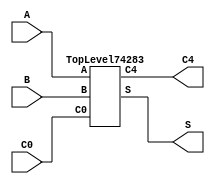
/****************************************************************************
 *                                                                          *
 *  VERILOG HIGH-LEVEL DESCRIPTION OF THE TI 74283 CIRCUIT                  *
 *                                                                          *
 *  Function: Four-bit Fast Adder                                           *
 *                                                                          *
 *  Written by: Mark C. Hansen                                              *
 *                                                                          *
 *                                                                          *
 ****************************************************************************/

module Circuit74283 (C0, A, B, S, C4);

  input[3:0]    A, B;
  input	        C0;

  output[3:0]   S;
  output        C4;
	
  TopLevel74283 Ckt74283 (C0, A, B, S, C4);

endmodule /* Circuit74283 */

/*************************************************************************/

module TopLevel74283 (C0, A, B, S, C4);

  input[3:0]    A, B;
  input	        C0;
  output[3:0]   S;
  output        C4;
  wire[3:0]     GB, PB, AxB;
  wire[3:0]     C;

  GP_Module GP_Mod1(A, B, GB, PB, AxB);
  CLA_Module CLA_Mod2(GB, PB, C0, C, C4);
  Sum_Module Sum_Mod3(AxB, C, S);  

endmodule /* TopLevel74182 */

/*************************************************************************/

module GP_Module(A, B, GB, PB, AxB);
  input[3:0]    A, B;
  output[3:0]   GB, PB, AxB;
  wire[3:0]     P;

  nor PBgate0(PB[0], A[0], B[0]);
  nand GBgate0(GB[0], A[0], B[0]);
  not Pgate0(P[0], PB[0]);
  and AxBgate0(AxB[0], GB[0], P[0]);

  nor PBgate1(PB[1], A[1], B[1]);
  nand GBgate1(GB[1], A[1], B[1]);
  not Pgate1(P[1], PB[1]);
  and AxBgate1(AxB[1], GB[1], P[1]);

  nor PBgate2(PB[2], A[2], B[2]);
  nand GBgate2(GB[2], A[2], B[2]);
  not Pgate2(P[2], PB[2]);
  and AxBgate2(AxB[2], GB[2], P[2]);

  nor PBgate3(PB[3], A[3], B[3]);
  nand GBgate3(GB[3], A[3], B[3]);
  not Pgate3(P[3], PB[3]);
  and AxBgate3(AxB[3], GB[3], P[3]);

endmodule /* GP_Module */

/*************************************************************************/

module   CLA_Module(GB, PB, C0, C, C4);
input[3:0]      GB, PB;
input           C0;
output[3:0]     C;
output          C4;

  not C0Bgate(C0B, C0);
  not C0gate(C[0], C0B);

  buf PB0gate(PB0, PB[0]);
  and C0BGB0gate(C0BGB0, C0B, GB[0]);

  buf PB1gate(PB1, PB[1]);
  and PB0GB1gate(PB0GB1, PB[0], GB[1]);
  and C0BGB01gate(C0BGB01, C0B, GB[0], GB[1]);

  buf PB2gate(PB2, PB[2]);
  and PB1GB2gate(PB1GB2, PB[1], GB[2]);
  and PB0GB12gate(PB0GB12, PB[0], GB[1], GB[2]);
  and C0BGB012gate(C0BGB012, C0B, GB[0], GB[1], GB[2]);

  buf PB3gate(PB3, PB[3]);
  and PB2GB3gate(PB2GB3, PB[2], GB[3]);
  and PB1GB23gate(PB1GB23, PB[1], GB[2], GB[3]);
  and PB0GB123gate(PB0GB123, PB[0], GB[1], GB[2], GB[3]);
  and C0BGB0123gate(C0BGB0123, C0B, GB[0], GB[1], GB[2], GB[3]);

  nor C4gate(C4,PB3,PB2GB3,PB1GB23,PB0GB123,C0BGB0123);

  nor C3gate(C[3],PB2,PB1GB2,PB0GB12,C0BGB012);

  nor C2gate(C[2],PB1,PB0GB1,C0BGB01);

  nor C1gate(C[1],PB0,C0BGB0);


endmodule /* CLA_Module */

/*************************************************************************/

module   Sum_Module(AxB, C, S);
  input[3:0]      AxB;
  input[3:0]      C;
  output[3:0]     S;

  xor Sum0(S[0], C[0], AxB[0]);
  xor Sum1(S[1], C[1], AxB[1]);
  xor Sum2(S[2], C[2], AxB[2]);
  xor Sum3(S[3], C[3], AxB[3]);

endmodule /* Sum_Module */